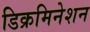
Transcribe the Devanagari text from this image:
डिक्रमिनेशन